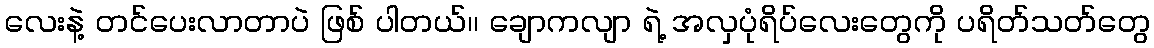
လေးနဲ့ တင်ပေးလာတာပဲ ဖြစ် ပါတယ်၊၊ ချောကလျာ ရဲ့ အလှပုံရိပ်လေးတွေကို ပရိတ်သတ်တွေ